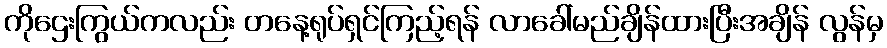
ကိုဌေးကြွယ်ကလည်း တနေ့ရုပ်ရှင်ကြည့်ရန် လာခေါ်မည်ချိန်ထားပြီးအချိန် လွန်မှ